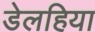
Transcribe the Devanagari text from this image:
डेलहिया